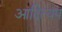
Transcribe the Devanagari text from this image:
आदित्यप